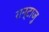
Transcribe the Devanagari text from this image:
रान्टाजु